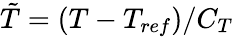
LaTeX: \tilde{T}=(T-T_{ref})/C_{T}